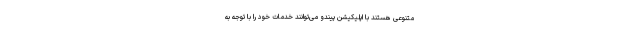
متنوعی هستند با اپلیکیشن پیندو می‌توانند خدمات خود را با توجه به